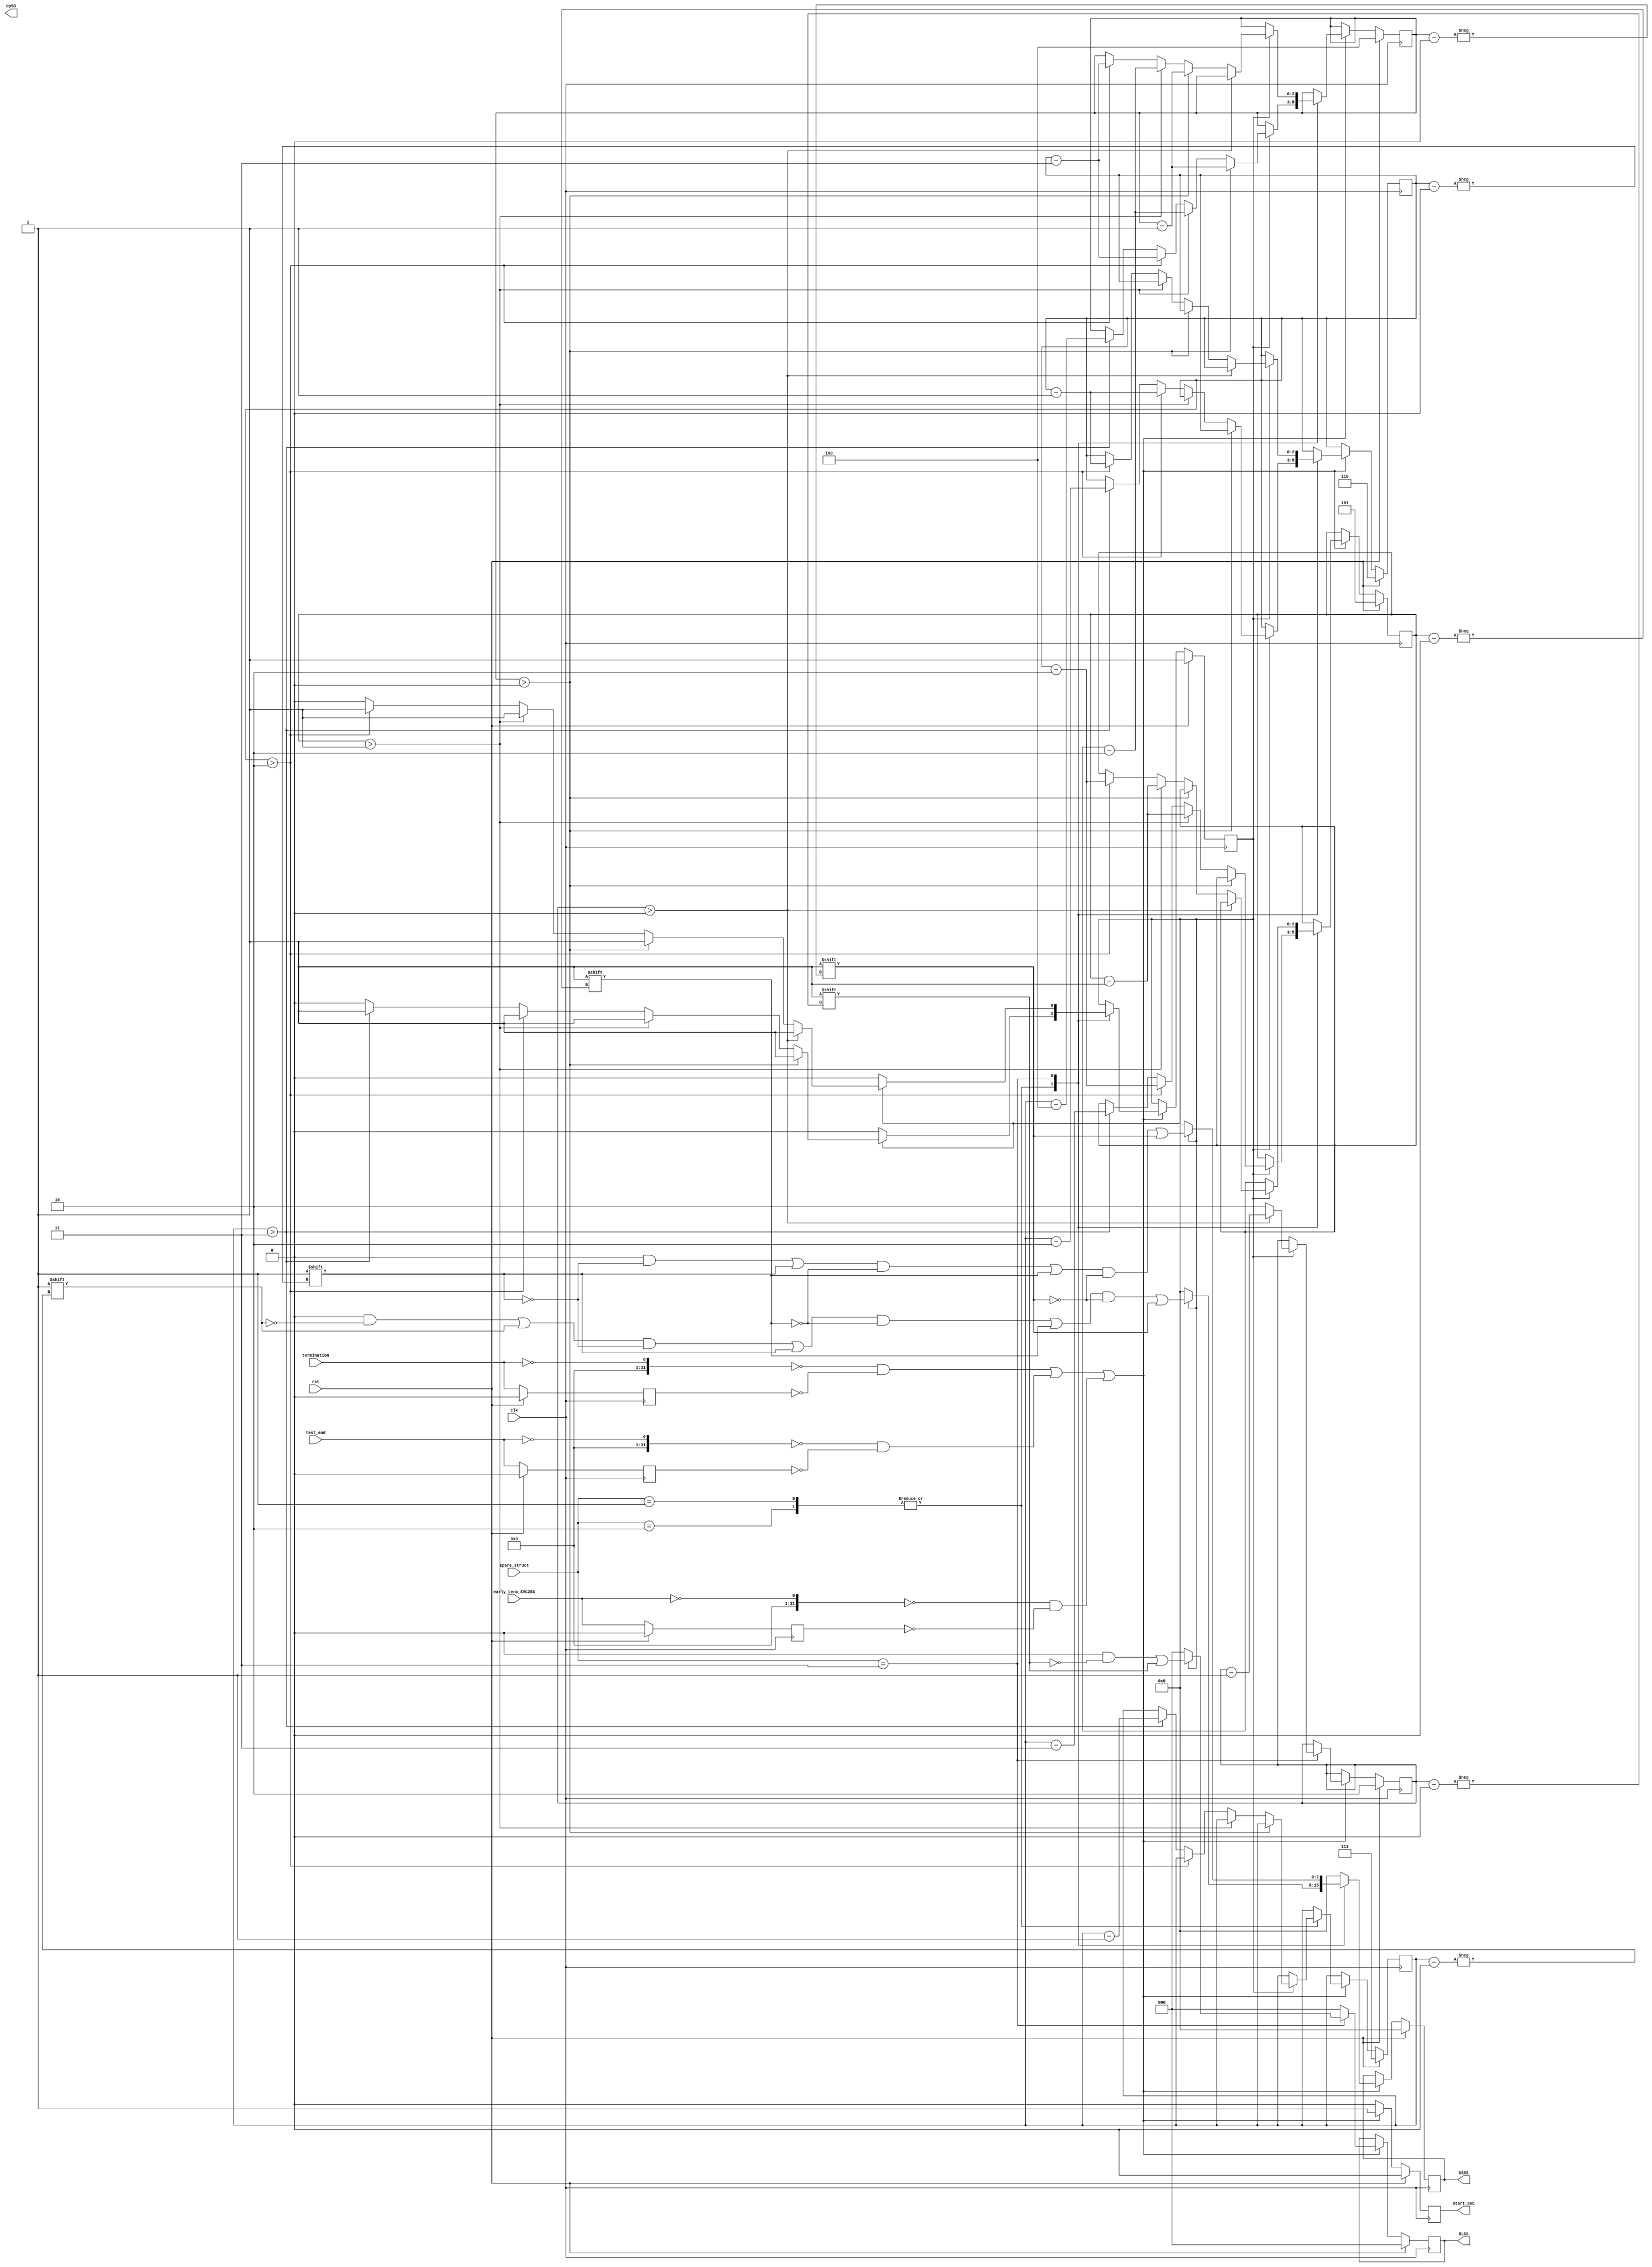
`timescale 1ns / 1ps

module signal_generator (
    input rst,
    input clk,
    input [1:0] spare_struct,
   input test_end,
   input termination,
   input early_term_SVC2SG,

    output reg [7:0] DSSS,
    output reg [2:0] RLSS,
   output reg start_SVC,
   output reg opSG
);

localparam S1 = 2'b01;
localparam S2 = 2'b10;
localparam S3 = 2'b11;
reg [2:0] i, j, k, p;
reg [1:0] ri;
reg rlss_term;
reg gen_sig;
reg regtermination;
reg regtests_end;
reg regearly_term_SVC2SG;

always @ (posedge clk) begin
   if(rst) begin
   if(spare_struct != S3) begin
            DSSS <= 8'b0;
            RLSS <= 3'b0;
   end
   else begin
      DSSS <= 8'b0;
      RLSS <= 3'b0;
   end
      gen_sig <= 1;
      rlss_term <= 0;
      i <= 3'd7;
      j <= 3'd6;
      k <= 3'd5;

      p <= 3'd4;
      ri <= 2'd2;
      regtests_end <= 0;
      regtermination <= 0;
      regearly_term_SVC2SG <= 0;
      start_SVC <= 0;
   end
   else begin
      DSSS <= 8'b0;
      RLSS <= 3'b0;
      regtermination <= termination;
      regtests_end <= test_end;
      regearly_term_SVC2SG <= early_term_SVC2SG;


      if(((!termination == 0) && (regtermination == 0)) | ((!test_end == 0) && (regtests_end == 0)) | ((!early_term_SVC2SG == 0) && (regearly_term_SVC2SG == 0))) begin
         start_SVC <= 1;
         case (spare_struct)
         S1, S2 : begin
            if (gen_sig) begin
               DSSS[i] <= 1;
               DSSS[j] <= 1;
               DSSS[k] <= 1;
               DSSS[p] <= 1; 
               if (p > 0) begin
                  p <= p - 1;
               end 
               else if (k > 1) begin
                  k <= k - 1;
                  p <= k - 2;
               end 
               else if (j > 2) begin
                  j <= j - 1;
                  k <= j - 2;
                  p <= j - 3;
               end 
               else if (i > 3) begin
                  i <= i - 1;
                  j <= i - 2;
                  k <= i - 3; 
                  p <= i - 4;
               end 
               else begin
                  gen_sig <= 0; 
               end
            end
         end
         S3 : begin
            if (gen_sig) begin
               //DSSS[i] <= 1;
               DSSS[j] <= 1;
               DSSS[k] <= 1;
               DSSS[p] <= 1;
               RLSS[ri] <= 1;
               //RLSS[3] <= 0; // RLSS's MSB is always 0
               if (ri > 0) begin
                  ri <= ri - 1;
               end 
               else begin
                  ri <= 2'd2;
                  if (p > 0) begin
                     p <= p - 1;
                  end 
                  else if (k > 1) begin
                     k <= k - 1;
                     p <= k - 2;
                  end 
                  else if (j > 2) begin
                     j <= j - 1;
                     k <= j - 2;
                     p <= j - 3;
                  end 
                  /*               
                  else if (i > 3) begin
                     i <= i - 1;
                     j <= i - 2;
                     k <= i - 3; 
                     p <= i - 4;
                  end 
                  */
                  else begin
                     gen_sig <= 0; 
                  end
               end
            end
         end         
         endcase
      end
      else begin
         DSSS <= DSSS;
         RLSS <= RLSS;
         start_SVC <= 0;
      end
   end
end

endmodule